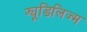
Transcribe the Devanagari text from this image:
फ्यूडिलिज्म